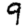
Digit: 9